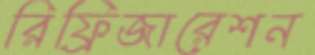
রিফ্রিজারেশন